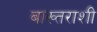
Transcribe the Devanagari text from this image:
बाख्तराशी